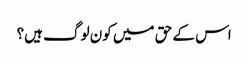
اس کے حق میں کون لوگ ہیں؟